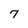
Character: 7